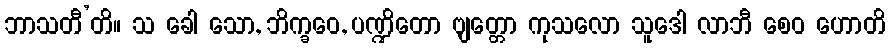
ဘာသတီ’တိ။ သ ခေါ သော, ဘိက္ခဝေ, ပဏ္ဍိတော ဗျတ္တော ကုသလော သူဒေါ လာဘီ စေဝ ဟောတိ